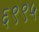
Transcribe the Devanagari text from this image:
६९९५